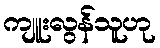
ကျူးလွန်သူဟု